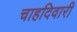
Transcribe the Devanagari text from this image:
चाहदिवारी